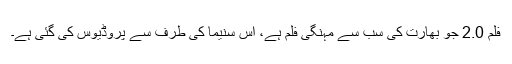
فلم 2.0 جو بھارت کی سب سے مہنگی فلم ہے، اس سنیما کی طرف سے پروڈیوس کی گئی ہے۔